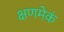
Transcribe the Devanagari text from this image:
क्षणमेकं